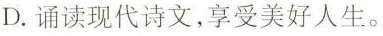
D.诵读现代诗文，享受美好人生。